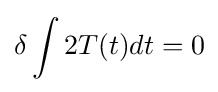
\delta \int 2T(t)dt=0